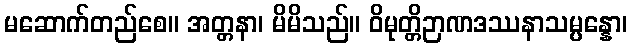
မဆောက်တည်စေ။ အတ္တနာ၊ မိမိသည်။ ဝိမုတ္တိဉာဏဒဿနာသမ္ပန္နော၊